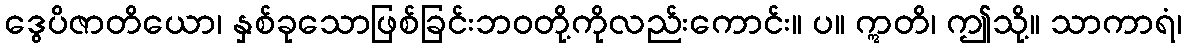
ဒွေပိဇာတိယော၊ နှစ်ခုသောဖြစ်ခြင်းဘဝတို့ကိုလည်းကောင်း။ ပ။ ဣတိ၊ ဤသို့။ သာကာရံ၊